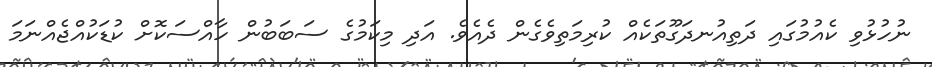
ނުހުޅުވި ކެއުމުގައި ދަތިއުނދަގޫތަކެއް ކުރިމަތިވެގެން ދެއެވެ. އަދި މިކަމުގެ ސަބަބުން ހާއްސަކޮށް ކުޑަކުއްޖެއްނަމަ